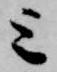
上